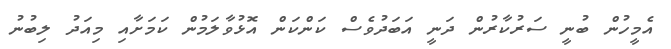
އެމީހުން ބުނީ ސަރުކާރުން ދަނީ އަބަދުވެސް ކަންކަން އޮޅުވާލަމުން ކަމަށާއި މިއަދު ލިބުނު